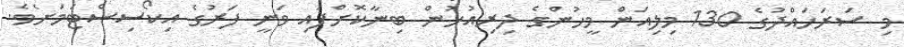
މި ސަރަހައްދުގެ 130 މިލިއަން މީހުންގެ ދިރިއުޅުން ބިނާކޮށްފައި ވަނީ ފަރުގެ އިކޯސިސްޓަމަށެވެ.